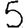
Digit: 5